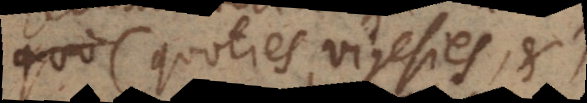
quo (quoties, vigesies, etc.).